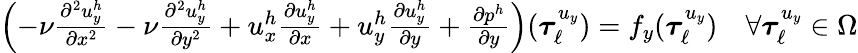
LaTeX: \begin{array}{r}{\left(-\nu\frac{\partial^{2}u_{y}^{h}}{\partial x^{2}}-\nu\frac{\partial^{2}u_{y}^{h}}{\partial y^{2}}+u_{x}^{h}\frac{\partial u_{y}^{h}}{\partial x}+u_{y}^{h}\frac{\partial u_{y}^{h}}{\partial y}+\frac{\partial p^{h}}{\partial y}\right)(\boldsymbol{\tau}_{\ell}^{u_{y}})=f_{y}(\boldsymbol{\tau}_{\ell}^{u_{y}})\quad\forall\boldsymbol{\tau}_{\ell}^{u_{y}}\in\Omega}\end{array}